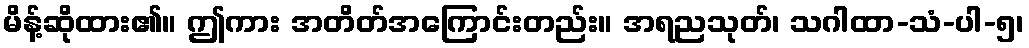
မိန့်ဆိုထား၏။ ဤကား အတိတ်အကြောင်းတည်း။ အရညသုတ်၊ သဂါထာ-သံ-ပါ-၅၊